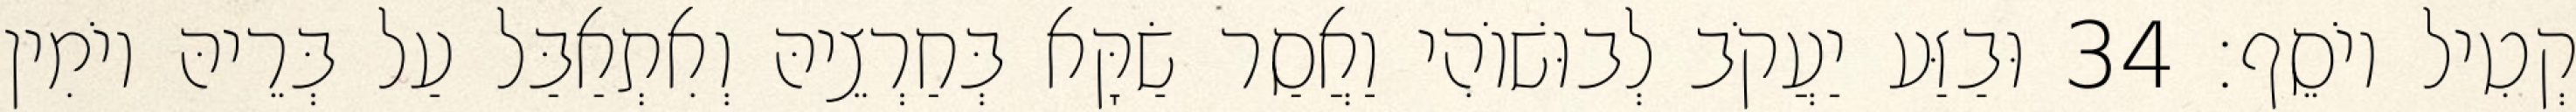
קְטִיל יוֹסֵף׃ 34 וּבַזַּע יַעֲקֹב לְבוּשׁוֹהִי וַאֲסַר שַׂקָּא בְּחַרְצֵיהּ וְאִתְאַבַּל עַל בְּרֵיהּ יוֹמִין